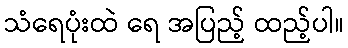
သံရေပုံးထဲ ရေ အပြည့် ထည့်ပါ။